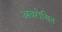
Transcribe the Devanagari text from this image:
अवरोचित